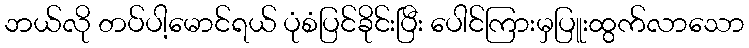
ဘယ်လို တပ်ပါ့မောင်ရယ် ပုံစံပြင်ခိုင်းပြီး ပေါင်ကြားမှပြူးထွက်လာသော